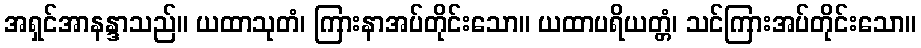
အရှင်အာနန္ဒာသည်။ ယထာသုတံ၊ ကြားနာအပ်တိုင်းသော။ ယထာပရိယတ္တံ၊ သင်ကြားအပ်တိုင်းသော။